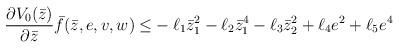
LaTeX: \begin{align*} \frac{\partial V_{0}(\bar{z})}{\partial \bar{z}} \bar{f} (\bar{z} ,e,v,w) \leq &-\ell_{1}\bar{z}_{1}^{2}-\ell_{2}\bar{z}_{1}^{4}-\ell_{3}\bar{z}_{2}^{2}+\ell_{4}e ^{2}+\ell_{5}e ^{4}\end{align*}